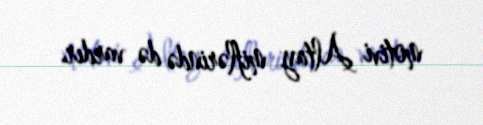
motivi Altay miflərində də vardır.